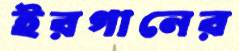
ইরগানের